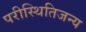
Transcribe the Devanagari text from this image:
परीस्थितिजन्य